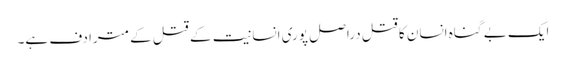
ایک بے گناہ انسان کا قتل دراصل پوری انسانیت کے قتل کے مترادف ہے۔